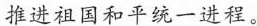
推进祖国和平统一进程。